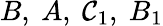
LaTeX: B,\ A,\ \mathcal{C}_{1},\ B_{1}